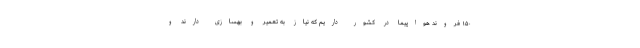
۱۵۰ فروند هواپیما در کشور داریم که نیاز به تعمیر و بهسازی دارند و